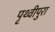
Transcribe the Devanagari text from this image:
पृथ्वीपुरा